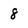
Character: 8